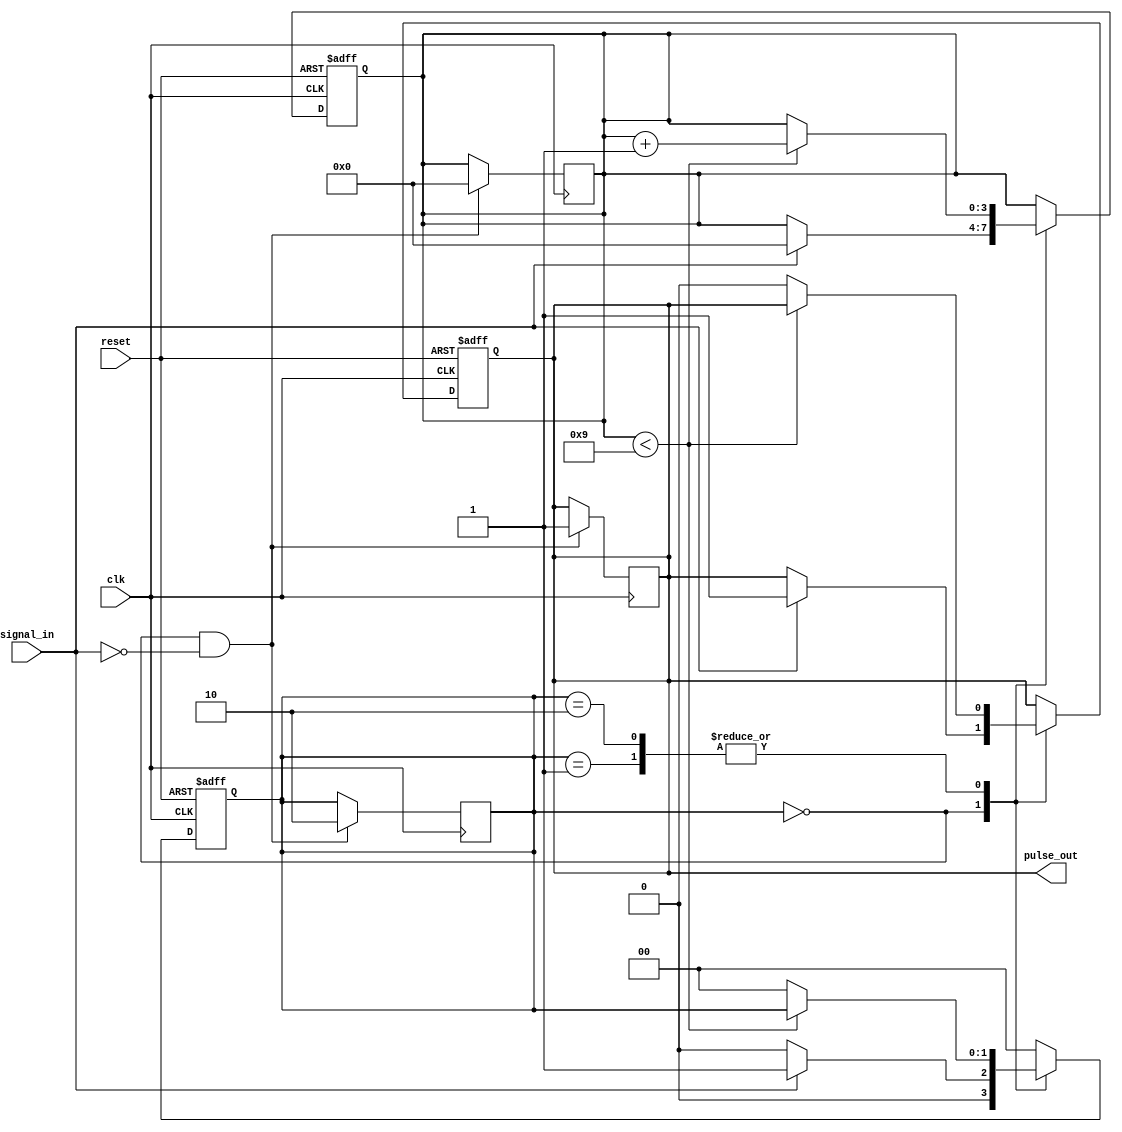
module MonostableEdgeDetector #(
    parameter pulse_width = 10 // Pulse width in clock cycles
)(
    input wire clk,             // Clock signal
    input wire reset,           // Asynchronous reset
    input wire signal_in,       // Input signal to detect edges
    output reg pulse_out        // Output pulse signal
);

    reg [1:0] state;           // Current state of the input signal
    reg [3:0] counter;         // Counter for pulse duration

    // State encoding
    localparam IDLE = 2'b00, RISING_EDGE = 2'b01, FALLING_EDGE = 2'b10;

    // Edge detection logic
    always @(posedge clk or posedge reset) begin
        if (reset) begin
            state <= IDLE;
            pulse_out <= 0;
            counter <= 0;
        end else begin
            // Update state
            case (state)
                IDLE: begin
                    if (signal_in) begin
                        state <= RISING_EDGE; // Rising edge detected
                        pulse_out <= 1;       // Start pulse
                        counter <= 0;         // Reset counter
                    end else begin
                        state <= IDLE;        // Remain in IDLE
                    end
                end

                RISING_EDGE: begin
                    if (counter < pulse_width - 1) begin
                        counter <= counter + 1; // Increment counter
                    end else begin
                        pulse_out <= 0;         // End pulse
                        state <= IDLE;          // Go back to IDLE
                    end
                end

                FALLING_EDGE: begin
                    if (counter < pulse_width - 1) begin
                        counter <= counter + 1; // Increment counter
                    end else begin
                        pulse_out <= 0;         // End pulse
                        state <= IDLE;          // Go back to IDLE
                    end
                end

                default: begin
                    state <= IDLE;            // Default state
                end
            endcase
        end
    end

    // Detect falling edge
    always @(posedge clk) begin
        if (state == IDLE && !signal_in) begin
            state <= FALLING_EDGE; // Falling edge detected
            pulse_out <= 1;        // Start pulse
            counter <= 0;          // Reset counter
        end
    end

endmodule